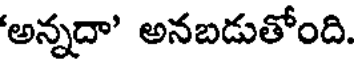
'అన్నదా" అనబడుతోంది.